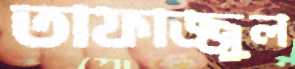
তাফাজ্জুল